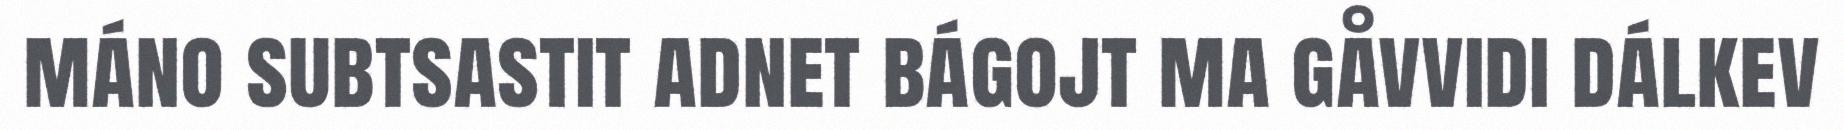
máno subtsastit adnet bágojt ma gåvvidi dálkev